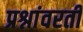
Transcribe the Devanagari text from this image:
प्रश्नांवरती